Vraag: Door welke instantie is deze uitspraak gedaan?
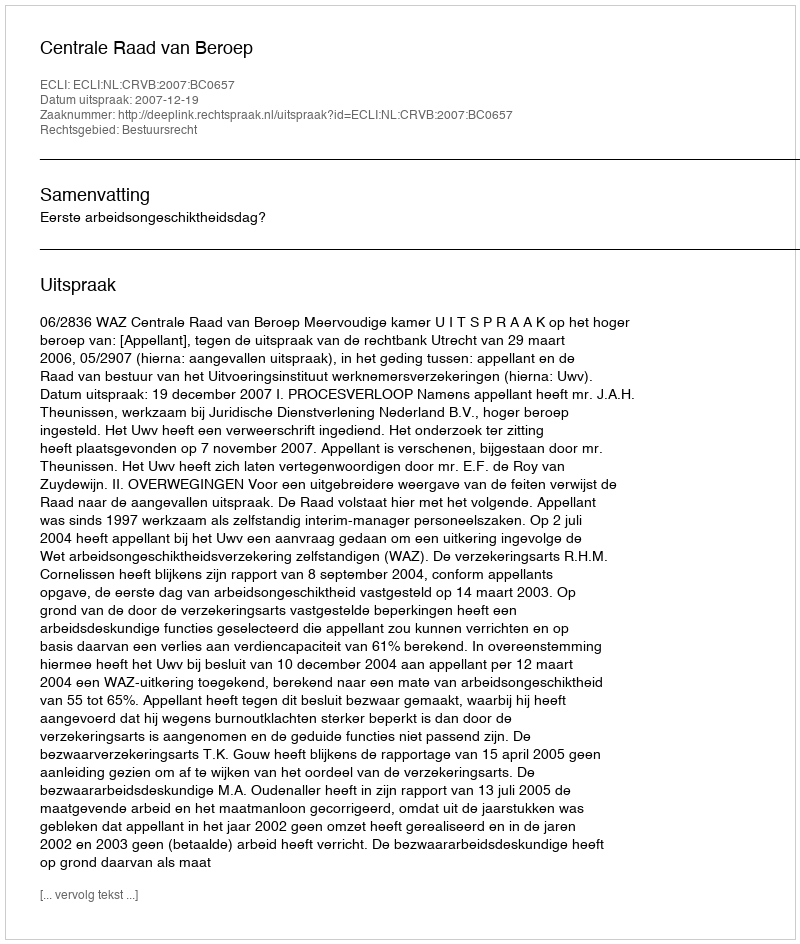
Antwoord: Centrale Raad van Beroep